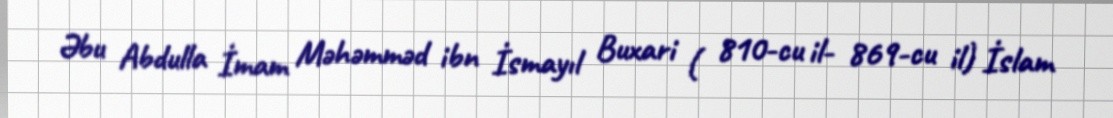
Əbu Abdulla İmam Məhəmməd ibn İsmayıl Buxari ( 810-cu il- 869-cu il) İslam